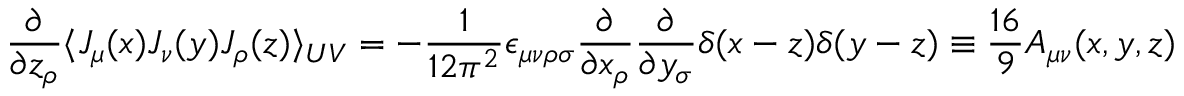
\frac { \partial } { \partial z _ { \rho } } \langle J _ { \mu } ( x ) J _ { \nu } ( y ) J _ { \rho } ( z ) \rangle _ { U V } = - \frac { 1 } { 1 2 \pi ^ { 2 } } \epsilon _ { \mu \nu \rho \sigma } \frac { \partial } { \partial x _ { \rho } } \frac { \partial } { \partial y _ { \sigma } } \delta ( x - z ) \delta ( y - z ) \equiv \frac { 1 6 } { 9 } { \cal A } _ { \mu \nu } ( x , y , z )